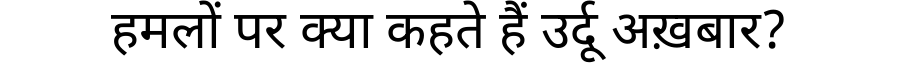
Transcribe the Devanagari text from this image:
हमलों पर क्या कहते हैं उर्दू अख़बार?